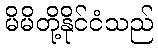
မိမိတို့နိုင်ငံသည်